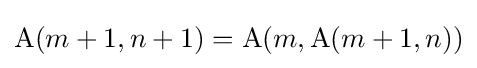
\operatorname {A} (m+1,n+1)=\operatorname {A} (m,\operatorname {A} (m+1,n))